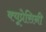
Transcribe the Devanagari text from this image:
क्यूप्रेसिनी